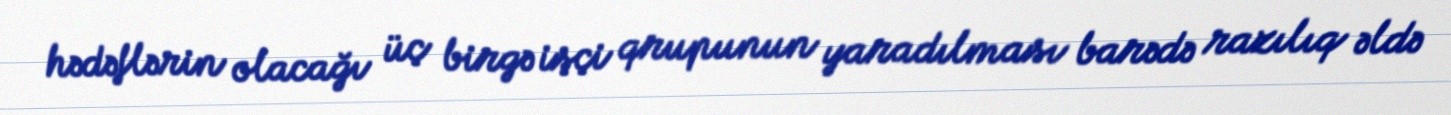
hədəflərin olacağı üç birgə işçi qrupunun yaradılması barədə razılıq əldə